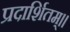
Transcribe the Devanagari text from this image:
प्रदार्शितम्।।